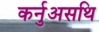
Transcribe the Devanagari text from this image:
कर्नुअसथि